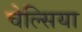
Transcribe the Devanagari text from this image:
चेल्‍िसया